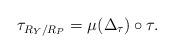
LaTeX: \begin{align*}\tau_{R_Y/R_P} = \mu(\Delta_\tau)\circ \tau.\end{align*}